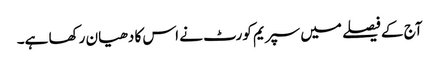
آج کے فیصلے میں سپریم کورٹ نے اس کا دھیان رکھا ہے۔